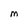
Character: M